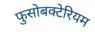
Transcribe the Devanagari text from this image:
फुसोबक्टेरियम